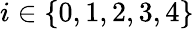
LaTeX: i\in\{ 0,1,2,3,4\}